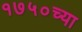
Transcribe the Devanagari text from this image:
१७५०च्या